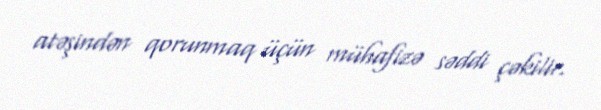
atəşindən qorunmaq üçün mühafizə səddi çəkilir.